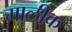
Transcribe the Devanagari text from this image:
मालीक